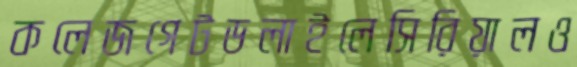
কলেজগেটডলাইলেসিরিয়ালও